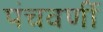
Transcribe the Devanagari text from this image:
पंचवर्णी